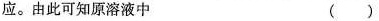
应。由此可知原溶液中 （）